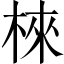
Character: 棶